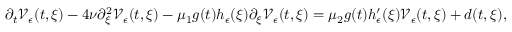
\partial _ { t } \mathcal { V } _ { \epsilon } ( t , \xi ) - 4 \nu \partial _ { \xi } ^ { 2 } \mathcal { V } _ { \epsilon } ( t , \xi ) - \mu _ { 1 } g ( t ) h _ { \epsilon } ( \xi ) \partial _ { \xi } \mathcal { V } _ { \epsilon } ( t , \xi ) = \mu _ { 2 } g ( t ) h _ { \epsilon } ^ { \prime } ( \xi ) \mathcal { V } _ { \epsilon } ( t , \xi ) + d ( t , \xi ) ,